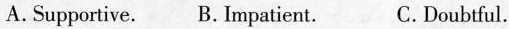
A.Supportive. B. Impatient. C.Doubtful.